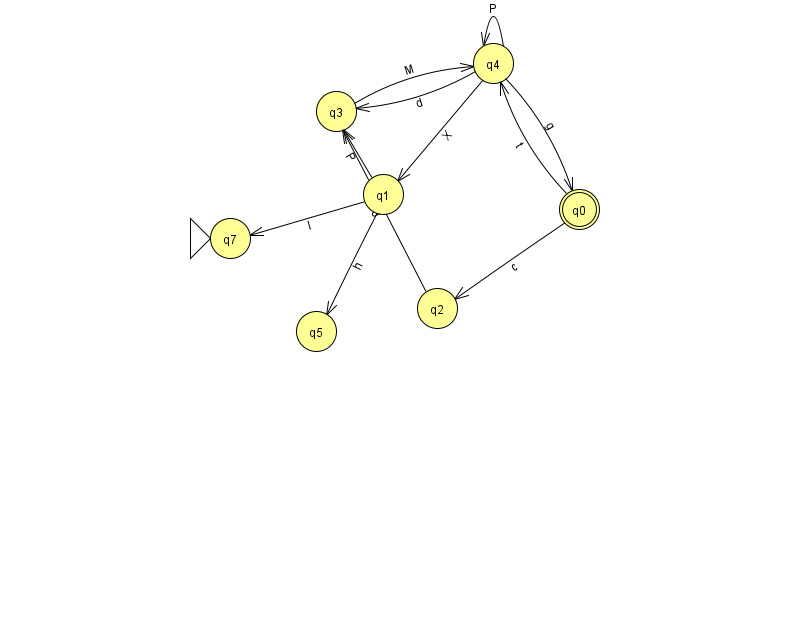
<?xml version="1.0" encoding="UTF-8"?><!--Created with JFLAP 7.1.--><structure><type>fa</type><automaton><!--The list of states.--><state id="0" name="q0"><x>579.0</x><y>196.0</y><final/></state><state id="1" name="q1"><x>383.0</x><y>181.0</y></state><state id="2" name="q2"><x>437.0</x><y>295.0</y></state><state id="3" name="q3"><x>336.0</x><y>98.0</y></state><state id="4" name="q4"><x>493.0</x><y>50.0</y></state><state id="5" name="q5"><x>316.0</x><y>318.0</y></state><state id="7" name="q7"><x>230.0</x><y>225.0</y><initial/></state><!--The list of transitions.--><transition><from>4</from><to>4</to><read>P</read></transition><transition><from>0</from><to>2</to><read>c</read></transition><transition><from>3</from><to>4</to><read>M</read></transition><transition><from>1</from><to>3</to><read>P</read></transition><transition><from>4</from><to>1</to><read>X</read></transition><transition><from>1</from><to>7</to><read>I</read></transition><transition><from>0</from><to>4</to><read>t</read></transition><transition><from>1</from><to>5</to><read>h</read></transition><transition><from>4</from><to>0</to><read>g</read></transition><transition><from>2</from><to>3</to><read>J</read></transition><transition><from>4</from><to>3</to><read>d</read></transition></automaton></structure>